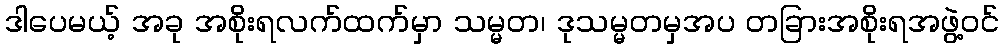
ဒါပေမယ့် အခု အစိုးရလက်ထက်မှာ သမ္မတ၊ ဒုသမ္မတမှအပ တခြားအစိုးရအဖွဲ့ဝင်